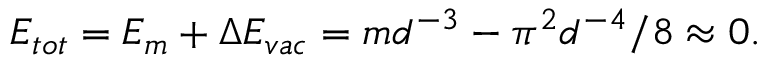
E _ { t o t } = E _ { m } + \Delta E _ { v a c } = m d ^ { - 3 } - \pi ^ { 2 } d ^ { - 4 } / 8 \approx 0 .